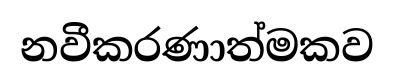
නවීකරණාත්මකව